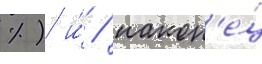
%) и́ / након'е́ц